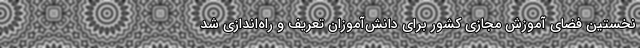
نخستین فضای آموزش مجازی کشور برای دانش‌آموزان تعریف و راه‌اندازی شد